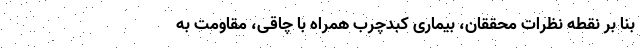
بنا بر نقطه نظرات محققان، بیماری کبدچرب همراه با چاقی، مقاومت به